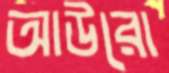
আউরো